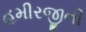
હમીરજીની